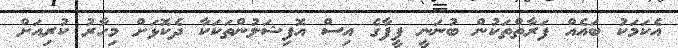
އެކަމަކު ބައެއް ފަރާތްތަކުން ބުނަނީ ފީފާގެ އިސް އޮފިޝަލުންތަކަކާ ދެކޮޅަށް މިހާރު ކުރިއަށް